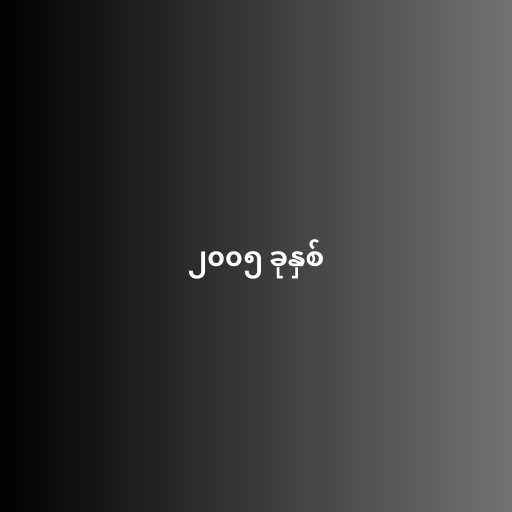
၂၀၀၅ ခုနှစ်